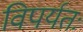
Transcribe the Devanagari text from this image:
विपर्यतः